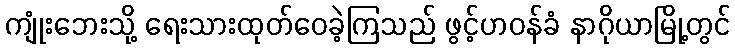
ကျုံးဘေးသို့ ရေးသားထုတ်ဝေခဲ့ကြသည် ဖွင့်ဟဝန်ခံ နာဂိုယာမြို့တွင်